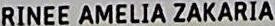
RINEE AMELIA ZAKARIA